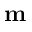
\mathbf { m }